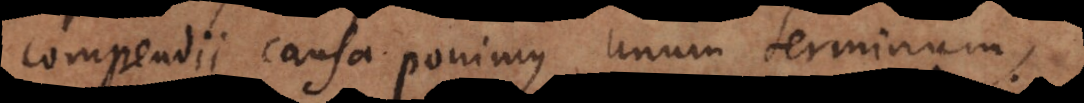
compendii causa ponimus unum terminum,